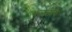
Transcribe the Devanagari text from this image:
करतीये